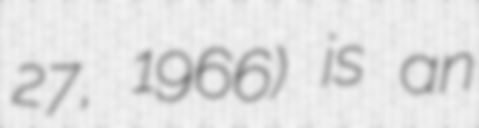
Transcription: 27, 1966) is an